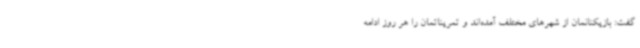
گفت: بازیکنانمان از شهرهای مختلف آمده‌اند و تمریناتمان را هر روز ادامه